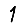
Digit: 1